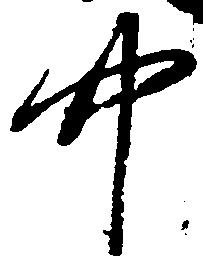
中